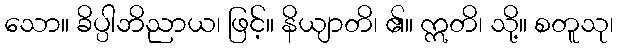
သော။ ခိပ္ပါဘိညာယ၊ ဖြင့်။ နိယျာတိ၊ ၏။ ဣတိ၊ သို့။ စတူသု၊